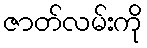
ဇာတ်လမ်းကို